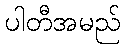
ပါတီအမည်